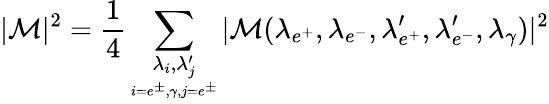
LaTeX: |{\cal M}|^{2}=\frac{1}{4}\sum_{\underset{i=e^{\pm},\gamma,j=e^{\pm}}{\lambda_{i},\lambda_{j}^{\prime}}}|{\cal M}(\lambda_{e^{+}},\lambda_{e^{-}},\lambda_{e^{+}}^{\prime},\lambda_{e^{-}}^{\prime},\lambda_{\gamma})|^{2}